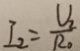
I _ { 2 } = \frac { U _ { 2 } } { R _ { 0 } }